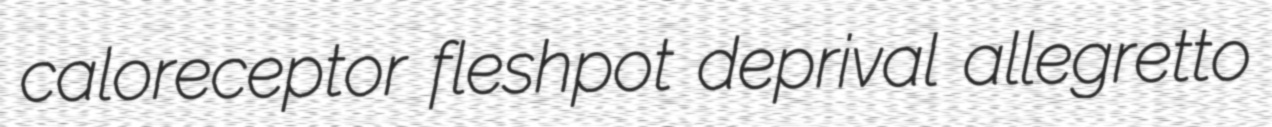
caloreceptor fleshpot deprival allegretto